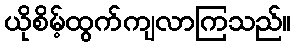
ယိုစိမ့်ထွက်ကျလာကြသည်။